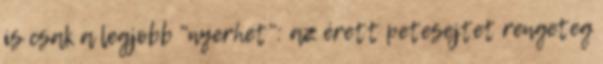
is csak a legjobb "nyerhet": az érett petesejtet rengeteg